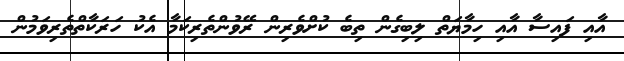
އާއި ފައިސާ އާއި ހިމާޔަތް ލިބިގެން ތިބެ ކުށްވެރިން ރޭވުންތެރިކަމާ އެކު ހަރަކާތްތެރިވަމުން